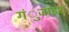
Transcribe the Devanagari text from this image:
गंुजाइश